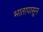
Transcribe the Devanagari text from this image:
भातापासून